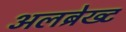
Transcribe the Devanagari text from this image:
अलब्रेख्ट